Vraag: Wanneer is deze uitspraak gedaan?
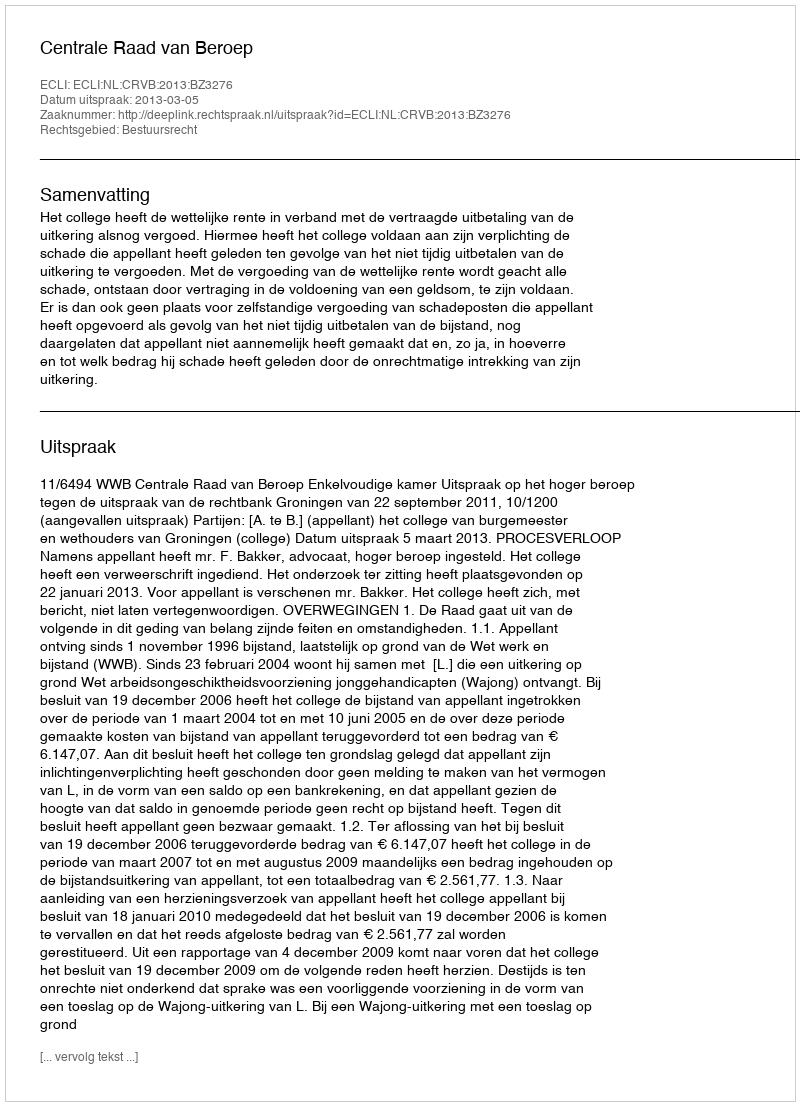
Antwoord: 2013-03-05